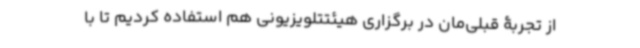
از تجربۀ قبلی‌مان در برگزاری هیئتتلویزیونی هم استفاده کردیم تا با